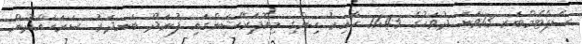
ސެޕްޓެމްބަރ 13ވަނަ ދުވަހުގެ 11:45 ހާއިރު ހިންގި މިއޮޕަރޭޝަންގައި ފުނަދޫ ބަނދަރު ސަރަހައްދުން